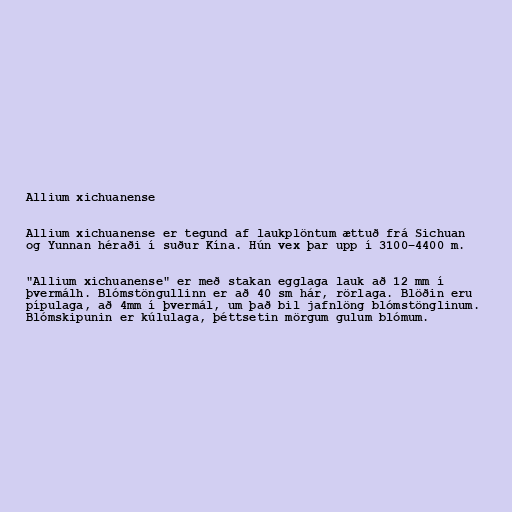
Allium xichuanense

Allium xichuanense er tegund af laukplöntum ættuð frá Sichuan
og Yunnan héraði í suður Kína. Hún vex þar upp í 3100–4400 m.

"Allium xichuanense" er með stakan egglaga lauk að 12 mm í
þvermálh. Blómstöngullinn er að 40 sm hár, rörlaga. Blöðin eru
pípulaga, að 4mm í þvermál, um það bil jafnlöng blómstönglinum.
Blómskipunin er kúlulaga, þéttsetin mörgum gulum blómum.